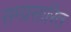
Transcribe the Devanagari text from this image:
सम्प्रसारित